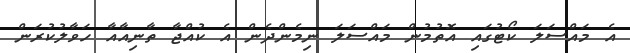
އެ މައްސަލަ ކޯޓުގައި އޮތުމުން މައްސަލަ ނިމެންދެން އެ ކުއްޖާ ތާނިއާއާ ހަވާލުކުރަން